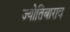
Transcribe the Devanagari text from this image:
ज्योतिबाराव